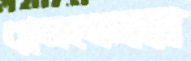
গ্লেনকোর